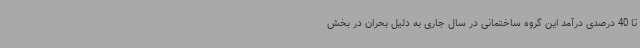
تا 40 درصدی درآمد این گروه ساختمانی در سال جاری به دلیل بحران در بخش